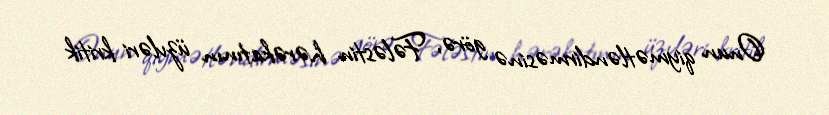
Onun qiymətləndirməsinə görə, Fələstin hərəkatının üzvləri kritik